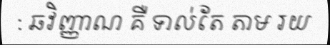
: ឆវិញ្ញាណ គឺ ទាល់តែ តាម រយ